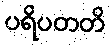
ပရိပတတိ